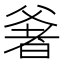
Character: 㸙